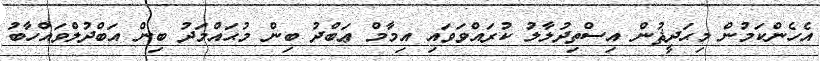
އެހެންކަމުން މިޙަދީޘުން އިސްތިދުލާލު ކުރައްވަވައި އިމާމް ޢަބްދު ބިން މުޙައްމަދު ބިން އަބްދުލްވައްހާބު